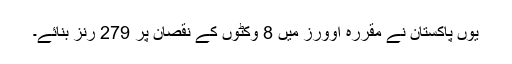
یوں پاکستان نے مقررہ اوورز میں 8 وکٹوں کے نقصان پر 279 رنز بنائے۔